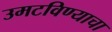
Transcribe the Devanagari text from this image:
उमटविण्याचा